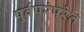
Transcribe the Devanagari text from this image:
पूर्वपरंपरेत